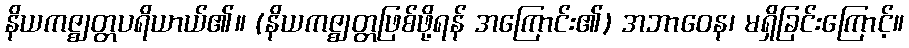
နိယကဇ္ဈတ္တပရိယာယ်၏။ (နိယကဇ္ဈတ္တဖြစ်ဖို့ရန် အကြောင်း၏) အဘာဝေန၊ မရှိခြင်းကြောင့်။